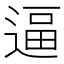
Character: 逼